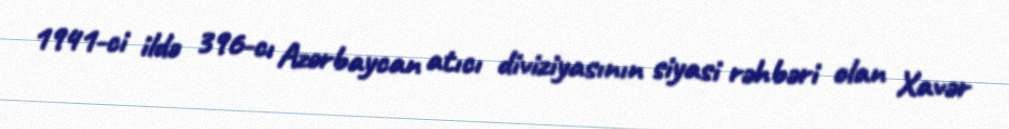
1941-ci ildə 396-cı Azərbaycan atıcı diviziyasının siyasi rəhbəri olan Xavər